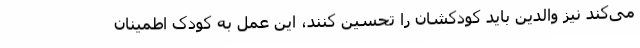
می‌کند نیز والدین باید کودکشان را تحسین کنند، این عمل به کودک اطمینان